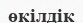
өкілдік